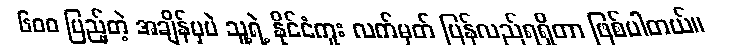
၆၀၀ ပြည့်တဲ့ အချိန်မှပဲ သူ့ရဲ့ နိုင်ငံကူး လက်မှတ် ပြန်လည်ရရှိတာ ဖြစ်ပါတယ်။